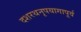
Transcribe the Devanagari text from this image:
दशरथनृपयागापूर्व